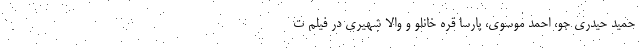
حمید حیدری جو، احمد موسوی، پارسا قره خانلو و والا شهیری در فیلم ت